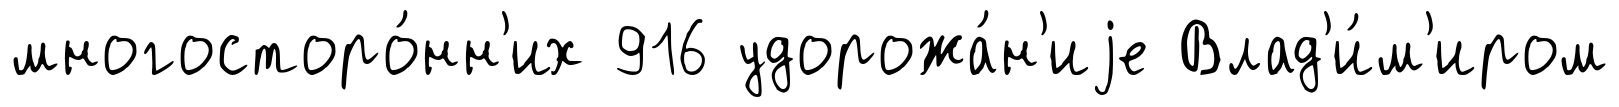
многосторо́нн'их 916 удорожа́н'иjе Влад'и́м'иром